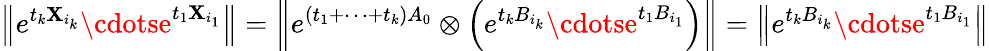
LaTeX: \left\| e^{t_{k}\mathbf{X}_{i_{k}}}\cdotse^{t_{1}\mathbf{X}_{i_{1}}}\right\| =\left\| e^{(t_{1}+\cdots+t_{k})A_{0}}\otimes\left(e^{t_{k}B_{i_{k}}}\cdotse^{t_{1}B_{i_{1}}}\right)\right\| =\left\| e^{t_{k}B_{i_{k}}}\cdotse^{t_{1}B_{i_{1}}}\right\|